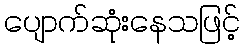
ပျောက်ဆုံးနေသဖြင့်